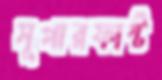
সুপারফাস্ট